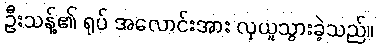
ဦးသန့်၏ ရုပ် အလောင်းအား လုယူသွားခဲ့သည်။